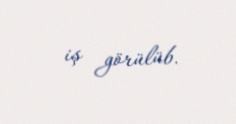
iş görülüb.